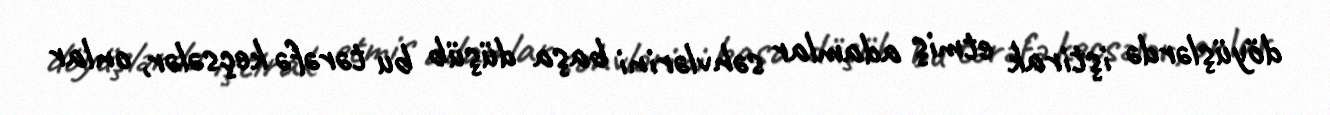
döyüşlərdə iştirak etmiş adamlar səhvlərini başa düşüb bu tərəfə keçsələr, onlar